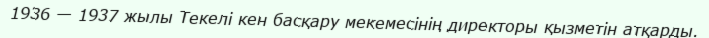
1936 — 1937 жылы Текелі кен басқару мекемесінің директоры қызметін атқарды.